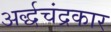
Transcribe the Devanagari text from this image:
अर्द्धचंद्रकार